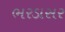
ભરડાસર